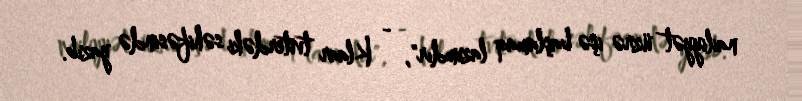
nailiyyət üzrə işə başlamaq lazımdır", - Klaar tviterdəki səhifəsində yazıb.